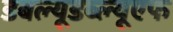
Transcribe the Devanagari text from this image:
डबल्यूडब्ल्यूएफ